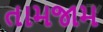
તામજામ